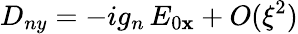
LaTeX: D_{ny}=-ig_{n}\, E_{0\mathbf{x}}+O(\xi^{2})